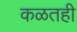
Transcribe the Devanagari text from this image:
कळतही